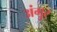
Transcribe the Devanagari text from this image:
अंगुर